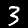
Digit: 3